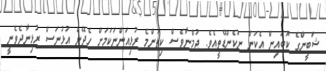
ޝަބީންގެ ކޮބައިން އެކަން ނުކެންޑޭތީއެވެ. ޖުމްނާވެސް ކިތަންމެ ރުޅިއަންނަކަމަށް ހެދޭން އުޅުނަސް ރުޅިނާދެވެނީ